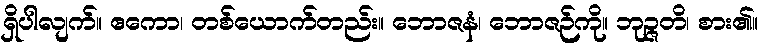
ရှိပါလျက်။ ဧကော၊ တစ်ယောက်တည်း။ ဘောဇနံ၊ ဘောဇဉ်ကို။ ဘုဉ္ဇတိ၊ စား၏။